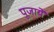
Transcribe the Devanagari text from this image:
पूजायें